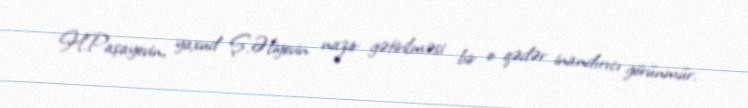
H.Paşayevin, yaxud Ş.Əliyevin nazir gətirilməsi bir o qədər inandırıcı görünmür.